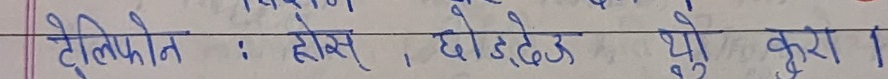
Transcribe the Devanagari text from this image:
टेलिफोन : होस्, छोड्देउ यो कुरा ।